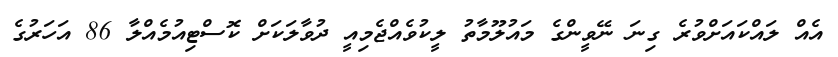
އެއް ލައްކައަށްވުރެ ގިނަ ނޭވީންގެ މައުލޫމާތު ލީކުވެއްޖެމިއީ ދުވާލަކަށް ކޮސްޓިއުމެއްލާ 86 އަހަރުގެ